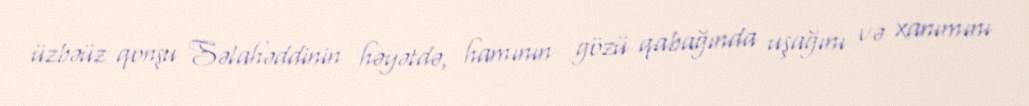
üzbəüz qonşu Səlahəddinin həyətdə, hamının gözü qabağında uşağını və xanımını